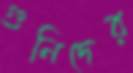
গুনিদের